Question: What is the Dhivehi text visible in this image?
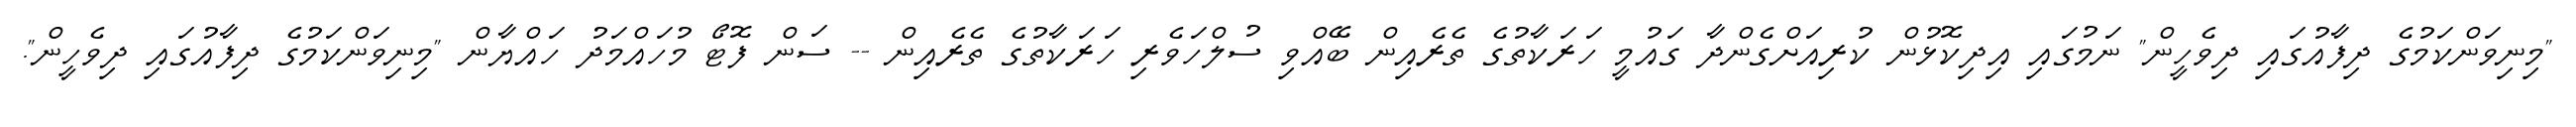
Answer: "މިނިވަންކަމުގެ ދިފާއުގައި ދިވެހީން" ނަމުގައި އިދިކޮޅުން ކުރިއަށްގެންދާ ގައުމީ ހަރަކާތުގެ ތެރެއިން ބޭއްވި ސުލްހަވެރި ހަރަކާތުގެ ތެރެއިން -- ސަން ފޮޓޯ މުހައްމަދު ހައްޔާން "މިނިވަންކަމުގެ ދިފާއުގައި ދިވެހީން".